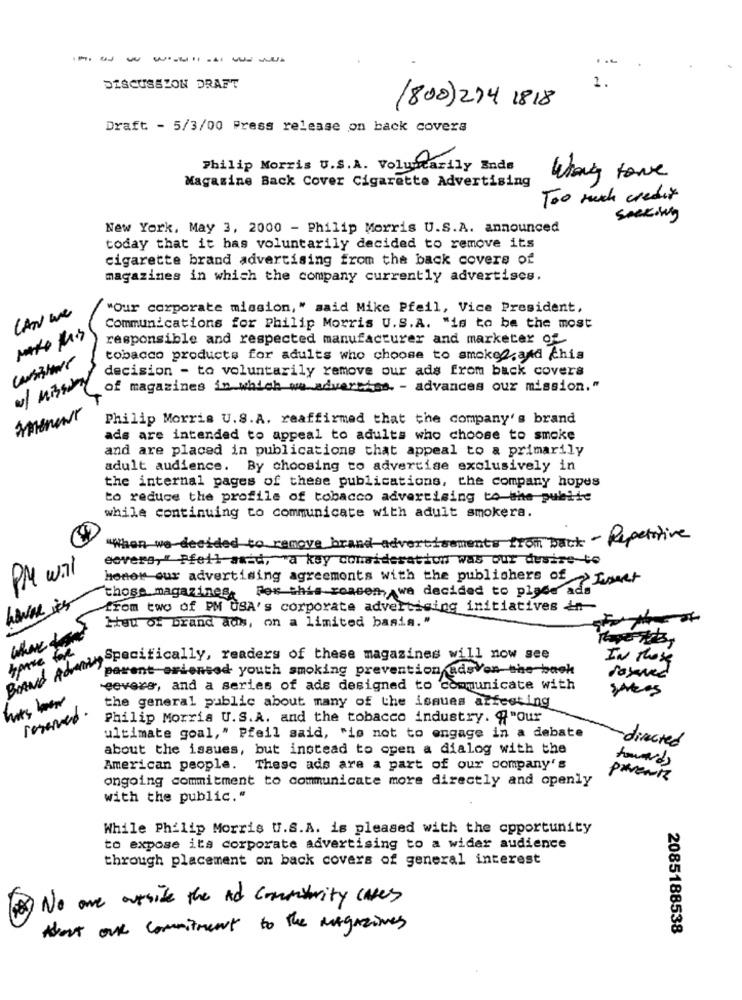
DISCUSSION DRAFT
(800) 274 1818
Draft - 5/3/00 Press release on back covera
Philip Morris U.S.A. Voluntarily Ends
Magazine Back Cover Cigarette Advertising
Too much credit
seeking
New York, May 3, 2000 - Philip Morris U.S.A. announced
today that it has voluntarily decided to remove its
cigarette brand advertising from the back covers of
magazines in which the company currently advertises.
"Our corporate mission," said Mike Pfeil, Vice President,
CAN we
Communications for Philip Morris U.S.A. "is to be the most
responsible and respected manufacturer and marketer of
tobacco products for adults who choose to smoke2.and chis
decision - to voluntarily remove our ads from back covers
of magazines in which we advertise. - advances our mission."
Amener
Philip Morris U.S.A. reaffirmed that the company's brand
ads are intended to appeal to adults who choose to smoke
and are placed in publications that appeal to a primarily
adult audience. By choosing to advertise exclusively in
the internal pages of these publications, the company hopes
to reduce the profile of tobacco advertising to the public
while continuing to communicate with adult smokera.
"When we decided to remove brand advertisements from back - Repetitive
eovero," Pfeil amid, "a key consideration was our desire to
PM wal
honor our advertising agreements with the publishers of >Immer
For this reason, we decided to place ads
those magazines
from two of PM USA's corporate advertising initiatives in-
Heu of brand ads, on a limited basis."
What &
tome for
Wod Adven pamcritically, readers of these magazines will now see
IN these
parent oriented youth smoking prevention adsVon the back
-eevers, and a series of ads designed to communicate with
sortes
the general public about many of the issues azfesting
reserved.
Philip Morris U.S.A. and the tobacco industry. q"Our
ultimate goal," Pfeil said, "is not to engage in a debate
about the issues, but instead to open a dialog with the
directed
towards
American people. Thesc ads are a part of our company's
ongoing commitment to communicate more directly and openly
parents
with the public."
While Philip Morris U.S.A. is pleased with the opportunity
to expose its corporate advertising to a wider audience
through placement on back covers of general interest
No one outside the ad commaturity caves
About our commitment to the magazines
2085188538